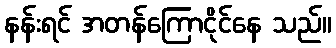
နန်းရင် အတန်ကြောငိုင်နေ သည်။